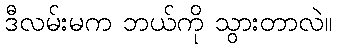
ဒီလမ်းမက ဘယ်ကို သွားတာလဲ။